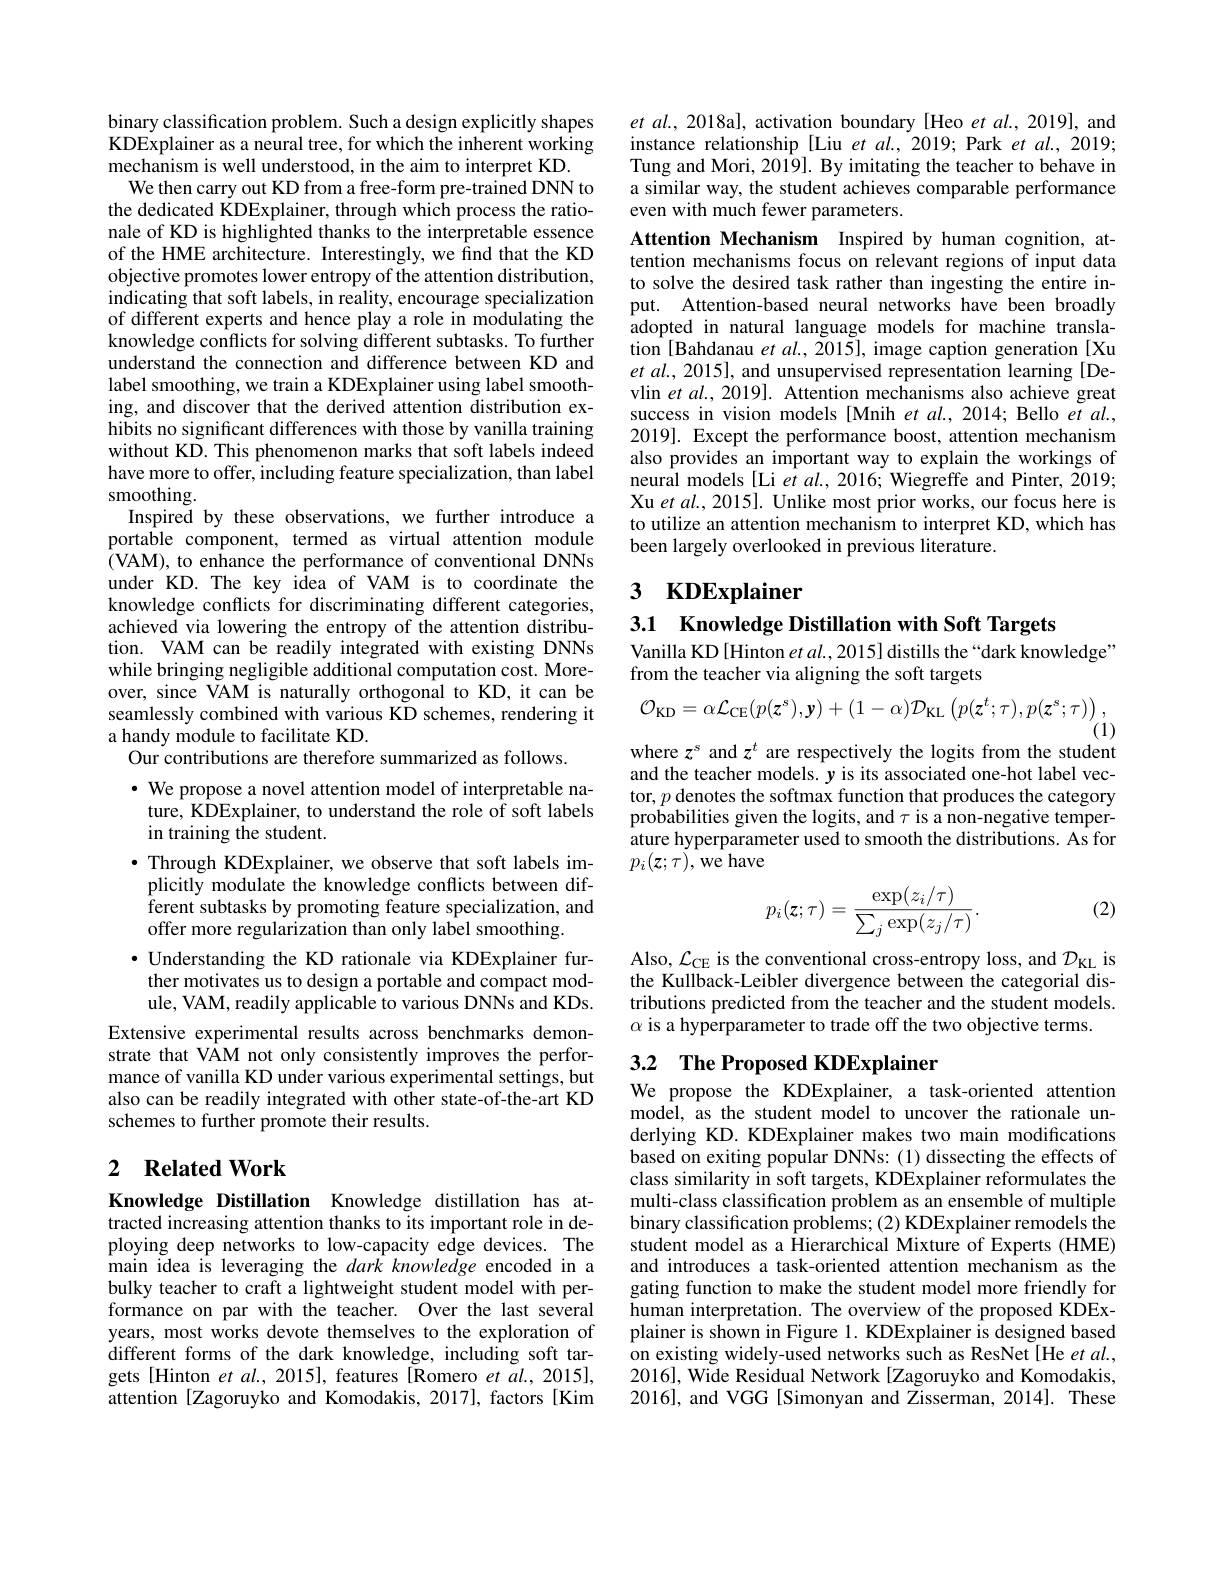
binary classification problem. Such a design explicitly shapes $\dot{\text{KDExplainer as a neural tree, for which the inherent working}}$ mechanism is well understood, in the aim to interpret KD.
We then carry out KD from a free-form pre-trained DNN to the dedicated KDExplainer, through which process the rationale of KD is highlighted thanks to the interpretable essence of the HME architecture. Interestingly, we find that the KD objective promotes lower entropy of the attention distribution, indicating that soft labels, in reality, encourage specialization of different experts and hence play a role in modulating the knowledge conflicts for solving different subtasks. To further understand the connection and difference between KD and label smoothing, we train a KDExplainer using label smoothing, and discover that the derived attention distribution exhibits no significant differences with those by vanilla training without KD. This phenomenon marks that soft labels indeed have more to offer, including feature specialization, than label smoothing.
Inspired by these observations, we further introduce a portable component, termed as virtual attention module (VAM), to enhance the performance of conventional DNNs under KD.The key idea of VAM is to coordinate the knowledge conflicts for discriminating different categories, achieved via lowering the entropy of the attention distribution. VAM can be readily integrated with existing DNNs while bringing negligible additional computation cost. Moreover, since VAM is naturally orthogonal to KD, it can be seamlessly combined with various KD schemes, rendering it a handy module to facilitate KD.
Our contributions are therefore summarized as follows.
$\cdot$ We propose a novel attention model of interpretable nature, KDExplainer, to understand the role of soft labels in training the student.
$\bullet$ Through KDExplainer, we observe that soft labels im-
plicitly modulate the knowledge conflicts between different subtasks by promoting feature specialization, and offer more regularization than only label smoothing.
· Understanding the KD rationale via KDExplainer further motivates us to design a portable and compact module, VAM, readily applicable to various DNNs and KDs.
Extensive experimental results across benchmarks demonstrate that VAM not only consistently improves the performance of vanilla KD under various experimental settings, but also can be readily integrated with other state-of-the-art KD schemes to further promote their results.

## 2 $\textbf{Related Work}$

Knowledge Distillation Knowledge distillation has attracted increasing attention thanks to its important role in deploying deep networks to low-capacity edge devices. The main idea is leveraging the $dar\hat{k} \textit{knowledge encoded in a}$ bulky teacher to craft a lightweight student model with performance on par with the teacher. Over the last several years, most works devote themselves to the exploration of different forms of the dark knowledge, including soft targets[Hinton et al., 2015], features [Romero et al., 2015], attention [Zagoruyko and Komodakis, 2017], factors [Kim

$et$ al., 2018a], activation boundary [Heo et al., 2019], and instance relationship [Liu et al., 2019; Park et al., 2019; Tung and Mori, 2019]. By imitating the teacher to behave in a similar way, the student achieves comparable performance even with much fewer parameters.

Attention Mechanism Inspired by human cognition, attention mechanisms focus on relevant regions of input data to solve the desired task rather than ingesting the entire input. Attention-based neural networks have been broadly adopted in natural language models for machine translation [Bahdanau et al., 2015], image caption generation [Xu $etal.,2015]$, and unsupervised representation learning [Devlin $etal.,2019].$ Attention mechanisms also achieve great success in vision models [Mnih et al., 2014; Bello et al., 2019]. Except the performance boost, attention mechanism also provides an important way to explain the workings of neural models [Li et al., 2016; Wiegreffe and Pinter, 2019; Xu et al., 2015]. Unlike most prior works, our focus here is to utilize an attention mechanism to interpret KD, which has been largely overlooked in previous literature.

# 3 KDExplainer

3.1 Knowledge Distillation with Soft Targets
Vanilla KD [Hinton et al., 2015] distills the“dark knowledge”
from the teacher via aligning the soft targets
$$\mathcal{O}_{\mathrm{KD}}=\alpha\mathcal{L}_{\mathrm{CE}}(p(z^{s}),\mathbf{y})+(1-\alpha)\mathcal{D}_{\mathrm{KL}}\left(p(z^{t};\tau),p(z^{s};\tau)\right),\\(1)$$
where $z^s$ and $z^t$ are respectively the logits from the student

and the teacher models. y is its associated one-hot label vector, $p$ denotes the softmax function that produces the category probabilities given the logits, and $\tau$ is a non-negative temperature hyperparameter used to smooth the distributions. As for $p_{i}(\boldsymbol{z};\tau)$,we have

(2)
$$p_i(z;\tau)=\frac{\exp(z_i/\tau)}{\sum_j\exp(z_j/\tau)}.$$
Also, $\mathcal{L}_\mathrm{CE}$ is the conventional cross-entropy loss, and $\mathcal{D}_\mathrm{KL}$ is the Kullback-Leibler divergence between the categorial distributions predicted from the teacher and the student models. $\alpha$ is a hyperparameter to trade off the two objective terms.

## 3.2 The Proposed KDExplainer

We propose the KDExplainer, a task-oriented attention model, as the student model to uncover the rationale underlying KD. KDExplainer makes two main modifications based on exiting popular DNNs: (1) dissecting the effects of class similarity in soft targets, KDExplainer reformulates the multi-class classification problem as an ensemble of multiple binary classification problems; (2) KDExplainer remodels the student model as a Hierarchical Mixture of Experts (HME) and introduces a task-oriented attention mechanism as the gating function to make the student model more friendly for human interpretation. The overview of the proposed KDExplainer is shown in Figure 1. KDExplainer is designed based on existing widely-used networks such as ResNet[He et $al.$, 2016], Wide Residual Network[Zagoruyko and Komodakis, 2016], and VGG [Simonyan and Zisserman, 2014]. These